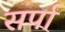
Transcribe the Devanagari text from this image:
सर्पा